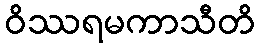
ဝိဿရမကာသီတိ